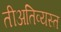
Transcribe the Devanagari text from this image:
तीअतिव्यस्त